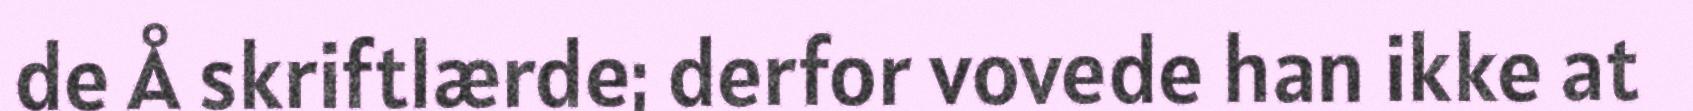
de Å skriftlærde; derfor vovede han ikke at